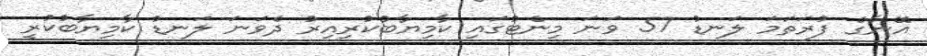
އޭނާގެ ފުރަތަމަ ލަނޑު 57 ވަނަ މިނެޓުގައި ކާމިޔާބުކުރިއިރު ދެވަނަ ލަނޑު ކާމިޔާބުކުރީ